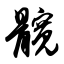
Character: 髋